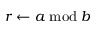
r \gets a \bmod b